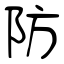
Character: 防